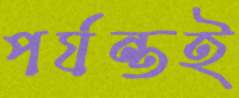
পর্যন্তই